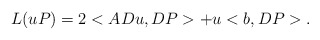
\begin{align*}L(uP)= 2 <A Du,DP> + u <b,DP>.\end{align*}